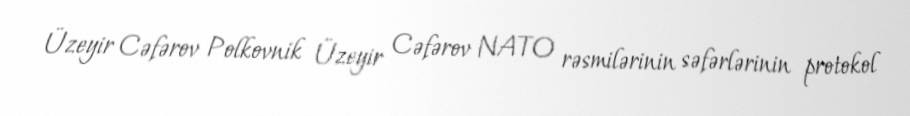
Üzeyir Cəfərov Polkovnik Üzeyir Cəfərov NATO rəsmilərinin səfərlərinin protokol